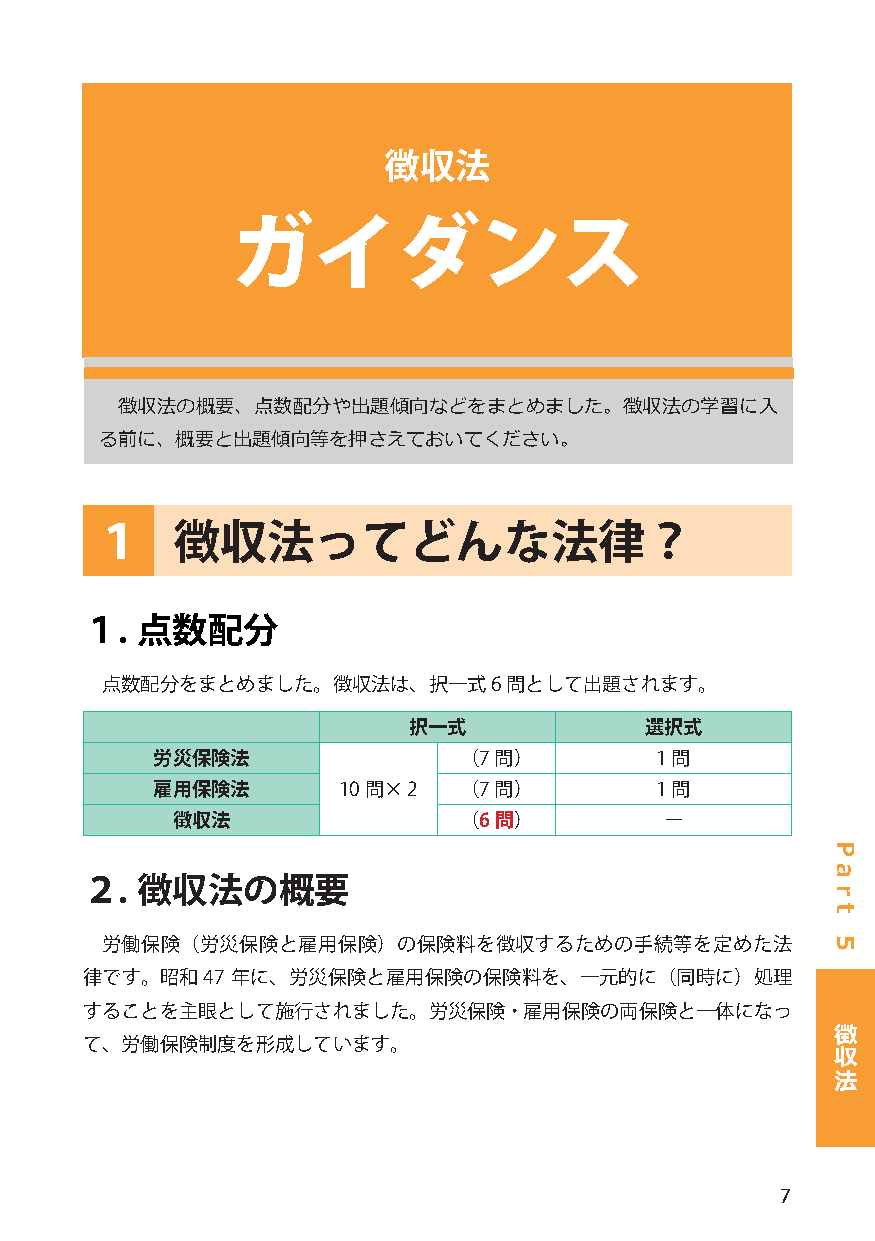
徴収法
 ガイダンス
 徴収法の概要、点数配分や出題傾向などをまとめました。徴収法の学習に入
 る前に、概要と出題傾向等を押さえておいてください。
 １    徴収法ってどんな法律？
 １.  点数配分
 点数配分をまとめました。徴収法は、択一式6     問として出題されます。
 択一式             選択式
 労災保険法               （7 問）        1 問
 雇用保険法       10 問× 2 （7 問）        1 問
 徴収法                （6問）          ー
 ２.  徴収法の概要
 労働保険（労災保険と雇用保険）の保険料を徴収するための手続等を定めた法
 律です。昭和47  年に、労災保険と雇用保険の保険料を、一元的に（同時に）処理
 することを主眼として施行されました。労災保険・雇用保険の両保険と一体になっ
 徴
 て、労働保険制度を形成しています。                                 収
 法
 7
 P
 a
 r
 t
 5